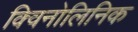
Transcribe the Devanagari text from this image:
क्विनोलिनिक